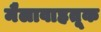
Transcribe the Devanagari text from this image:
मैलावाहतूक